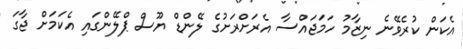
އެކަން ކުރެވޭނެ ނިޒާމު ހަމަޖައްސާ އެރަށްރަށުގެ ލޭންޑް ޔޫސް ޕްލޭންގައި އެކަމަށް ޖާގަ